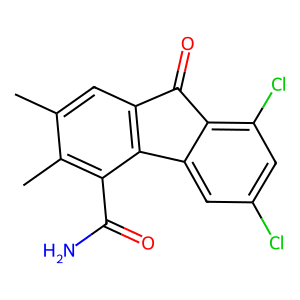
SMILES: Cc1cc2c(c(C(N)=O)c1C)-c1cc(Cl)cc(Cl)c1C2=O
Inhibits HIV replication: No